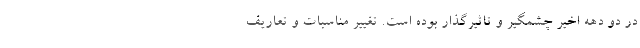
در دو دهه اخیر چشمگیر و تاثیرگذار بوده است. تغییر مناسبات و تعاریف